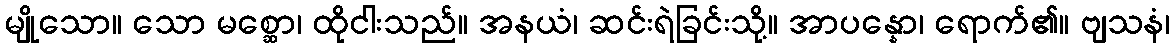
မျိုသော။ သော မစ္ဆော၊ ထိုငါးသည်။ အနယံ၊ ဆင်းရဲခြင်းသို့။ အာပန္နော၊ ရောက်၏။ ဗျသနံ၊